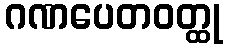
ဂဏပေတဝတ္ထု